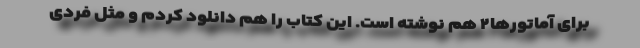
برای آماتورها۲ هم نوشته است. این کتاب را هم دانلود کردم و مثل فردی